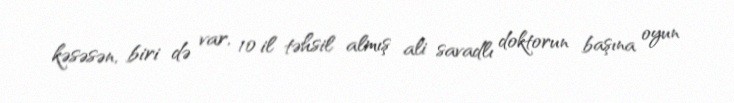
kəsəsən, biri də var, 10 il təhsil almış ali savadlı doktorun başına oyun